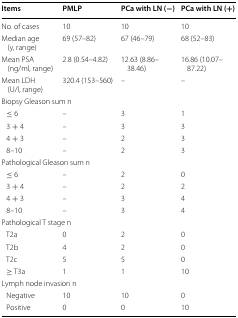
<table><thead><tr><td><b>Items</b></td><td><b>PMLP</b></td><td><b>PCa with LN (−)</b></td><td><b>PCa with LN (+)</b></td></tr></thead><tbody><tr><td>No. of cases</td><td>10</td><td>10</td><td>10</td></tr><tr><td>Median age (y, range)</td><td>69 (57–82)</td><td>67 (46–79)</td><td>68 (52–83)</td></tr><tr><td>Mean PSA (ng/ml, range)</td><td>2.8 (0.54–4.82)</td><td>12.63 (8.86–38.46)</td><td>16.86 (10.07–87.22)</td></tr><tr><td>Mean LDH (U/l, range)</td><td>320.4 (153–560)</td><td>–</td><td>–</td></tr><tr><td colspan="4">Biopsy Gleason sum n</td></tr><tr><td> ≤ 6</td><td>–</td><td>3</td><td>1</td></tr><tr><td> 3 + 4</td><td>–</td><td>3</td><td>3</td></tr><tr><td> 4 + 3</td><td>–</td><td>2</td><td>3</td></tr><tr><td> 8–10</td><td>–</td><td>2</td><td>3</td></tr><tr><td colspan="4">Pathological Gleason sum n</td></tr><tr><td> ≤ 6</td><td>–</td><td>2</td><td>0</td></tr><tr><td> 3 + 4</td><td>–</td><td>2</td><td>2</td></tr><tr><td> 4 + 3</td><td>–</td><td>3</td><td>4</td></tr><tr><td> 8–10</td><td>–</td><td>3</td><td>4</td></tr><tr><td colspan="4">Pathological T stage n</td></tr><tr><td> T2a</td><td>0</td><td>2</td><td>0</td></tr><tr><td> T2b</td><td>4</td><td>2</td><td>0</td></tr><tr><td> T2c</td><td>5</td><td>5</td><td>0</td></tr><tr><td> ≥ T3a</td><td>1</td><td>1</td><td>10</td></tr><tr><td colspan="4">Lymph node invasion n</td></tr><tr><td> Negative</td><td>10</td><td>10</td><td>0</td></tr><tr><td> Positive</td><td>0</td><td>0</td><td>10</td></tr></tbody></table>